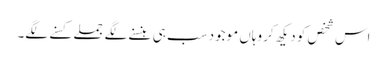
اس شخص کو دیکھ کر وہاں موجود سب ہی ہنسنے لگے جملے کسنے لگے۔